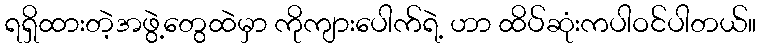
ရရှိထားတဲ့အဖွဲ့တွေထဲမှာ ကိုကျားပေါက်ရဲ့ ဟာ ထိပ်ဆုံးကပါဝင်ပါတယ်။